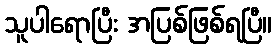
သူပါရောပြီး အပြစ်ဖြစ်ရပြီ။